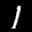
Label: 1